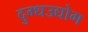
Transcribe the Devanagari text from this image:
दुग्धउद्योग